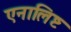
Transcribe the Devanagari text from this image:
एनालिष्ट